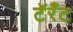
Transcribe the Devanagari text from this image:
टॅरँट